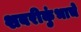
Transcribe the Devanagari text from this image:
शबरीकुंभाचे